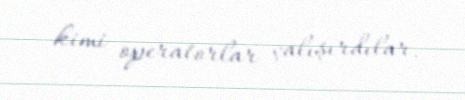
kimi operatorlar çalışırdılar.